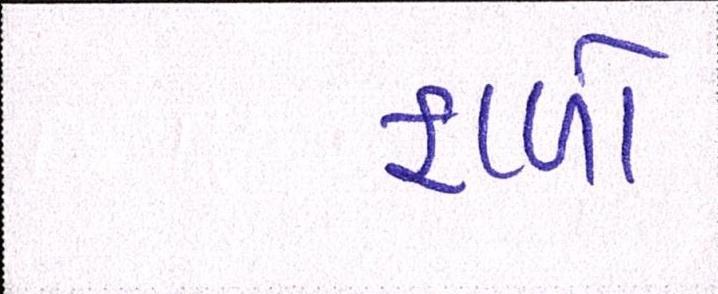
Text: ફાળો